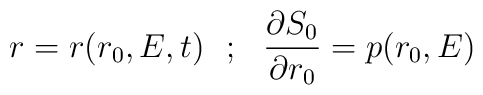
r = r(r_0,E,t) \: \: \: ; \: \: \: \frac{\partial S_0}{\partial r_0} =p(r_0, E)